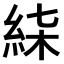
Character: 𥿴